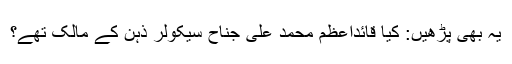
یہ بھی پڑھیں: کیا قائداعظم محمد علی جناحؒ سیکولر ذہن کے مالک تھے؟